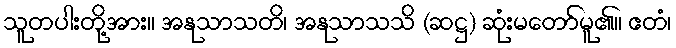
သူတပါးတို့အား။ အနုသာသတိ၊ အနုသာသသိ (ဆဋ္ဌ) ဆုံးမတော်မူ၏။ ဧတံ၊